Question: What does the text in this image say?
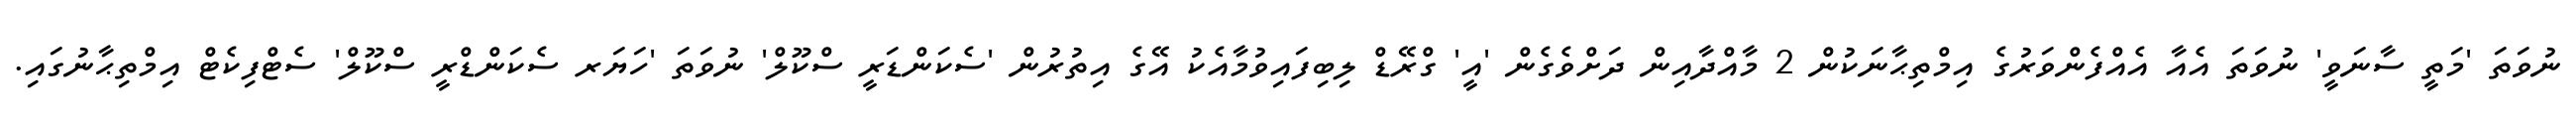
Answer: ނުވަތަ 'މަތީ ސާނަވީ' ނުވަތަ އެއާ އެއްފެންވަރުގެ އިމްތިޙާނަކުން 2 މާއްދާއިން ދަށްވެގެން 'އީ' ގްރޭޑް ލިބިފައިވުމާއެކު އޭގެ އިތުރުން 'ސެކަންޑަރީ ސްކޫލް' ނުވަތަ 'ހަޔަރ ސެކަންޑްރީ ސްކޫލް' ސެޓްފިކެޓް އިމްތިޙާނުގައި.